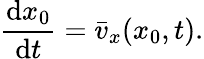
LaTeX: \frac{\mathrm{d}x_{0}}{\mathrm{d}t}=\bar{v}_{x}(x_{0},t).